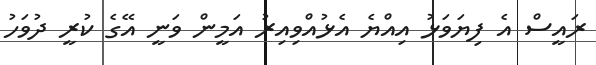
ރައީސް އެ ފިޔަވަޅު އިއްޔެ އެޅުއްވިއިރު އަމީން ވަނީ އޭގެ ކުރީ ދުވަހު